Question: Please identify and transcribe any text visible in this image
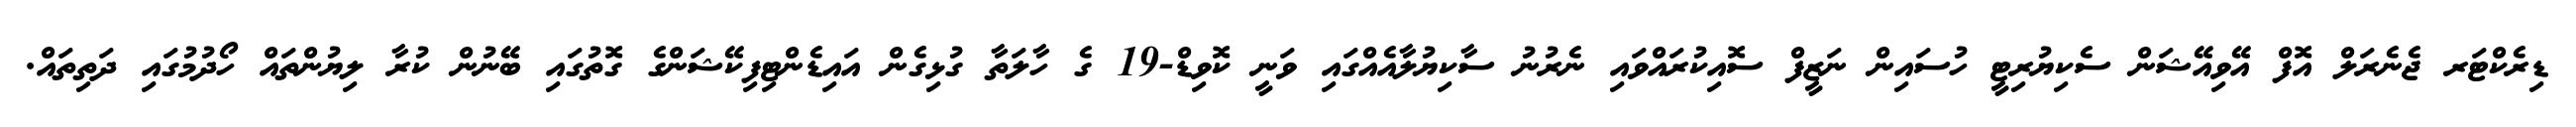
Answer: ޑިރެކްޓަރ ޖެނެރަލް އޮފް އޭވިއޭޝަން ސެކިޔުރިޓީ ހުސައިން ނަޒީފް ސޮއިކުރައްވައި ނެރުނު ސާކިޔުލާއެއްގައި ވަނީ ކޮވިޑް-19 ގެ ހާލަތާ ގުޅިގެން އައިޑެންޓިފިކޭޝަންގެ ގޮތުގައި ބޭނުން ކުރާ ލިޔުންތައް ހޯދުމުގައި ދަތިތައް.